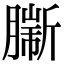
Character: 𦠟